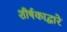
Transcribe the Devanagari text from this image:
शीर्षकाद्वारे